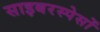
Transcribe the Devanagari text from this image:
साइबरस्पेसों